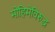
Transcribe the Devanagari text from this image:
मोहिमेविरुद्ध